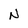
Character: N